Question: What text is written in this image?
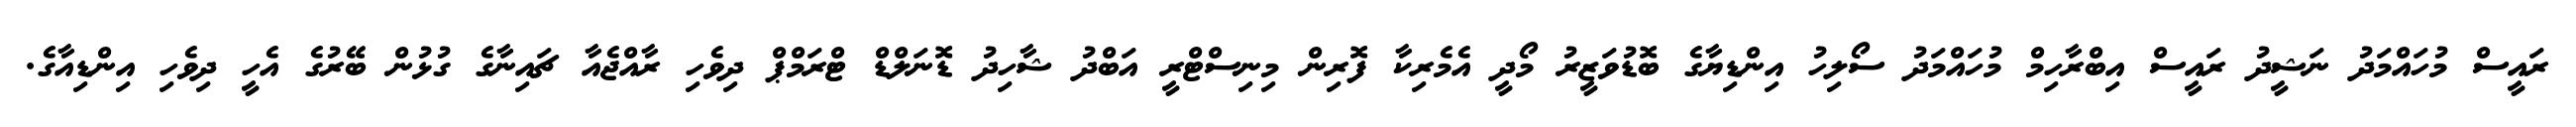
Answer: ރައީސް މުހައްމަދު ނަޝީދު ރައީސް އިބްރާހިމް މުހައްމަދު ސޯލިހު އިންޑިޔާގެ ބޮޑުވަޒީރު މޯދީ އެމެރިކާ ފޮރިން މިނިސްޓްރީ އަބްދު ޝާހިދު ޑޮނަލްޑް ޓްރަމްޕް ދިވެހި ރާއްޖެއާ ޗައިނާގެ ގުޅުން ބޭރުގެ އެހީ ދިވެހި އިންޑިއާގެ.